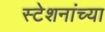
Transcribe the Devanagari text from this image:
स्टेशनांच्या